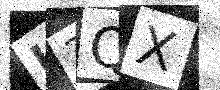
Text: U3QX